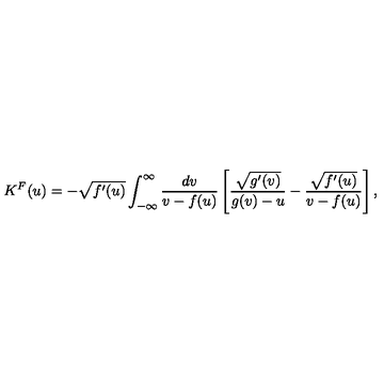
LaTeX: K ^ { F } ( u ) = - \sqrt { f ^ { \prime } ( u ) } \int _ { - \infty } ^ { \infty } \frac { d v } { v - f ( u ) } \left[ \frac { \sqrt { g ^ { \prime } ( v ) } } { g ( v ) - u } - \frac { \sqrt { f ^ { \prime } ( u ) } } { v - f ( u ) } \right] ,